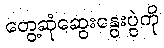
တွေ့ဆုံဆွေးနွေးပွဲကို